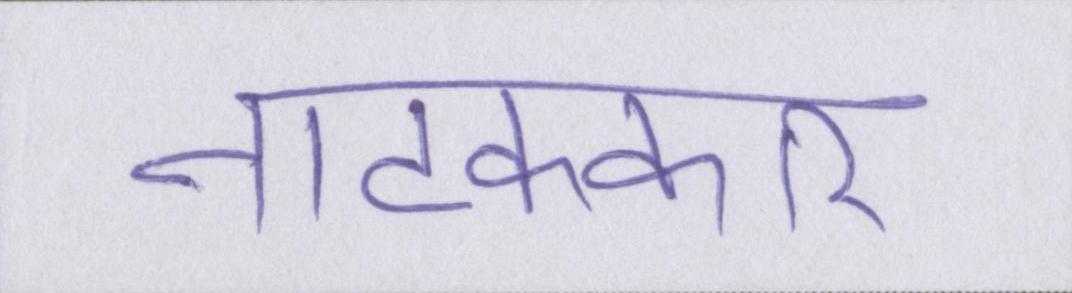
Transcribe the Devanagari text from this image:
नाटककार